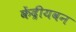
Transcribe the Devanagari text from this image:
केंद्रीयवन